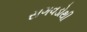
સગવડોથી